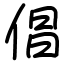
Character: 倡